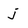
Character: j